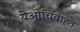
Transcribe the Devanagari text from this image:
येओचिवात्ल